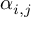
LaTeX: \alpha _ { i , j }